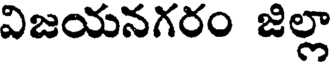
విజయనగరం జిల్లా